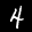
Label: 4